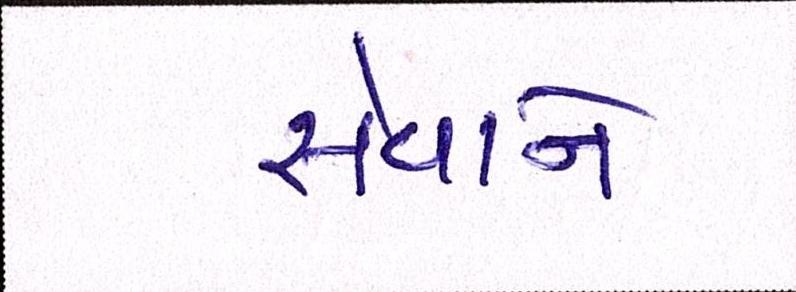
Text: સેવાને